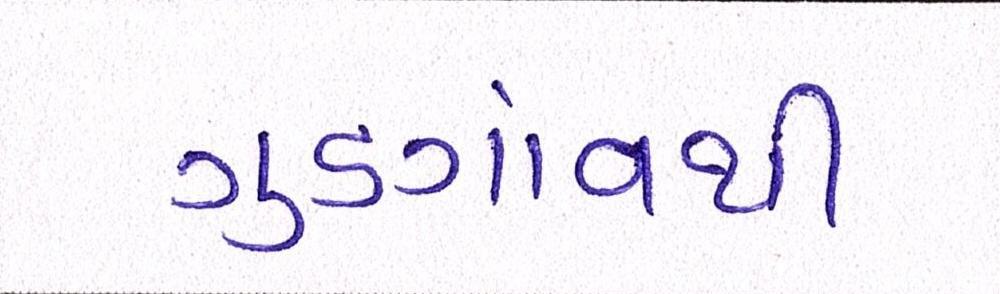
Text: ગુડગાંવથી